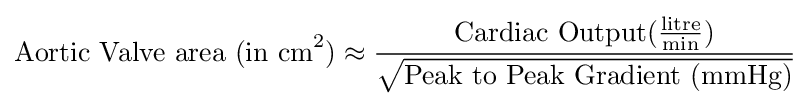
{\text{Aortic Valve area (in cm}}^{2}{\text{)}}\approx {\frac {{\text{Cardiac Output}}({\frac {\text{litre}}{\text{min}}})}{\sqrt {\text{Peak to Peak Gradient (mmHg)}}}}